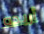
أريده